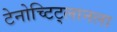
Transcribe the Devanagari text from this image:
टेनोच्टिट्लानला